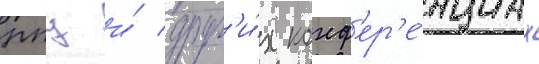
рпц и́ друг'и́х конф'ер'е́нциах